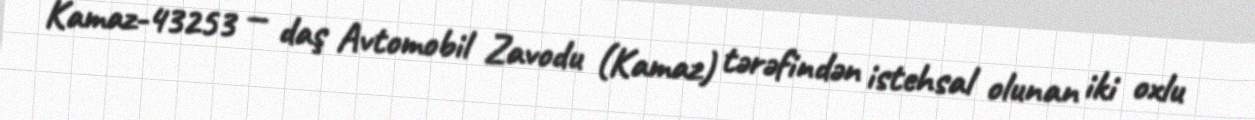
Kamaz-43253 — daş Avtomobil Zavodu (Kamaz) tərəfindən istehsal olunan iki oxlu